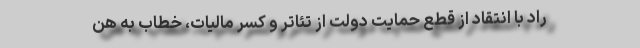
راد با انتقاد از قطع حمایت دولت از تئاتر و کسر مالیات، خطاب به هن